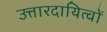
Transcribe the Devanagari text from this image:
उत्तारदायित्वों